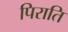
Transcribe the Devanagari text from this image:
पिराति